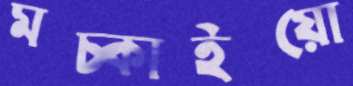
মচ্‌কাইয়ো